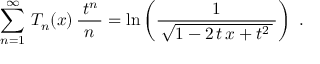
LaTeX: \sum _ { n = 1 } ^ { \infty } \, T _ { n } ( x ) \, { \frac { \; t ^ { n } \, } { n } } = \ln \left( { \frac { 1 } { \, { \sqrt { 1 - 2 \, t \, x + t ^ { 2 } \, } } \, } } \right) ~ .